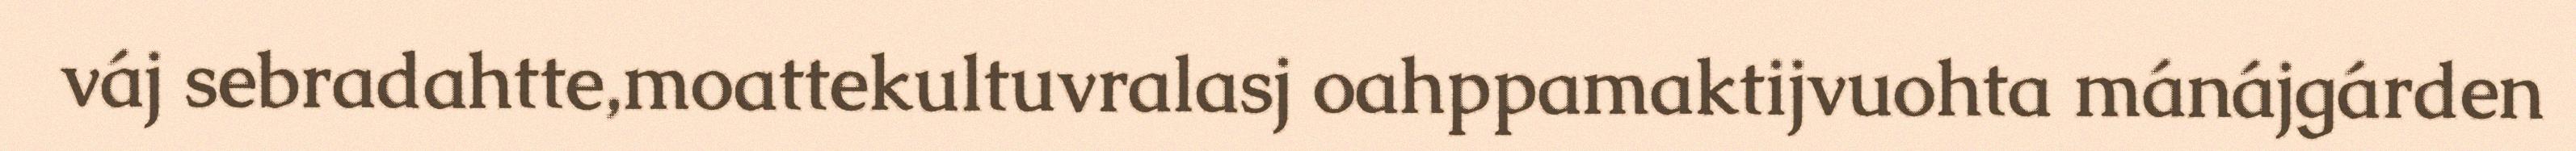
váj sebradahtte,moattekultuvralasj oahppamaktijvuohta mánájgárden